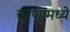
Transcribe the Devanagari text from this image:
चरणामध्ये